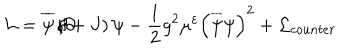
{ \cal L } = \overline { { { \psi } } } \left( \partial \hspace { - 0 . 2 c m } / + J \right) \psi - \frac { 1 } { 2 } g ^ { 2 } \mu ^ { \varepsilon } \left( \overline { { { \psi } } } \psi \right) ^ { 2 } + { \cal L } _ { c o u n t e r }